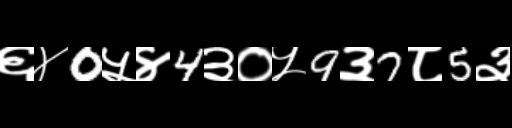
Text: ६४0५४4३०५9३7८5३